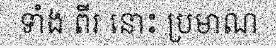
ទាំង ពីរ នោះ ប្រមាណ